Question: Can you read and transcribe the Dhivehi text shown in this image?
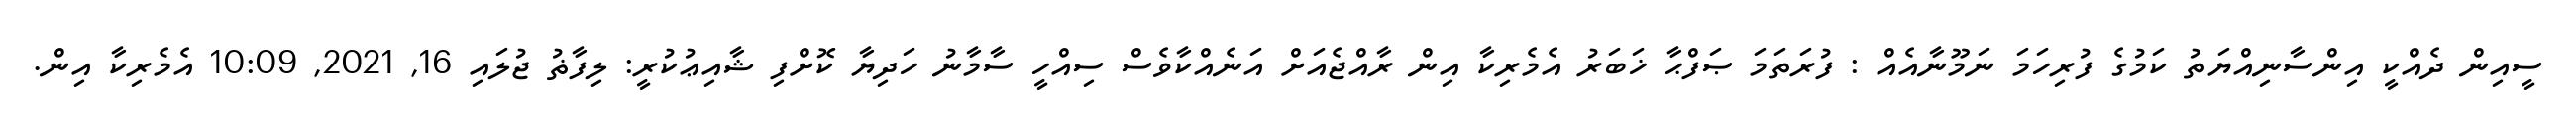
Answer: ސީއިން ދެއްކީ އިންސާނިއްޔަތު ކަމުގެ ފުރިހަމަ ނަމޫނާއެއް : ފުރަތަމަ ޞަފްޙާ ޚަބަރު އެމެރިކާ އިން ރާއްޖެއަށް އަނެއްކާވެސް ސިއްހީ ސާމާނު ހަދިޔާ ކޮށްފި ޝާއިޢުކުރީ: ލިފާޡު ޖުލައި 16, 2021, 10:09 އެމެރިކާ އިން.